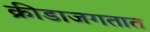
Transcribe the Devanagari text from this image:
क्रीडाजगतात